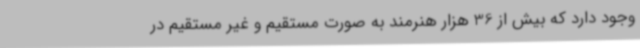
وجود دارد که بیش از 36 هزار هنرمند به صورت مستقیم و غیر مستقیم در